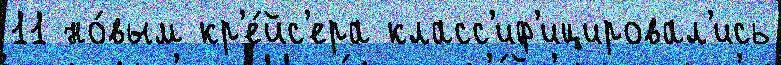
11 но́вым кр'е́йс'ера класс'иф'ицировал'ись